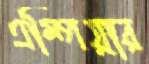
এম্পিয়ার